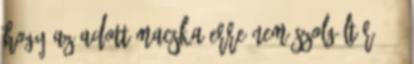
hogy az adott macska erre nem szolgált rá. -